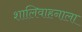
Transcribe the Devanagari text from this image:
शालिवाहनाला